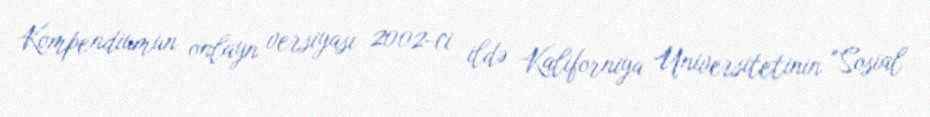
Kompendiumun onlayn versiyası 2002-ci ildə Kaliforniya Universitetinin "Sosial